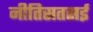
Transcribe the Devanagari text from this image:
नीतिसतसई